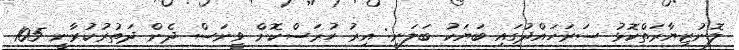
ލޮނުޒިޔާރަތްކޮޅު ސަރަހައްދުގައި ބަޔަކު ބަލަނީ: އިރު ހުރަސްކޮށް ވީނަސް ދެން ދަތުރުކުރާނީ 105